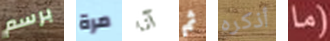
برسم مرة آنا ثم أذكره (ما